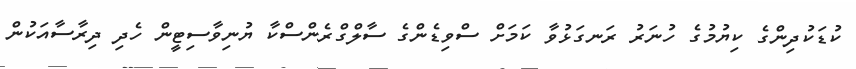
ކުޑަކުދިންގެ ކިޔުމުގެ ހުނަރު ރަނގަޅުވާ ކަމަށް ސްވިޑެންގެ ސާލްގްރެންސްކާ ޔުނިވާސިޓީން ހެދި ދިރާސާއަކުން